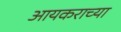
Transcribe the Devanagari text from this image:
आयकराच्या